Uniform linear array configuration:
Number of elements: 12
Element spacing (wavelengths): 0.5
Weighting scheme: binomial
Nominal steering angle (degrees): -45
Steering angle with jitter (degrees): -44.462
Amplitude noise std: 0.05
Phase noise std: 0.05

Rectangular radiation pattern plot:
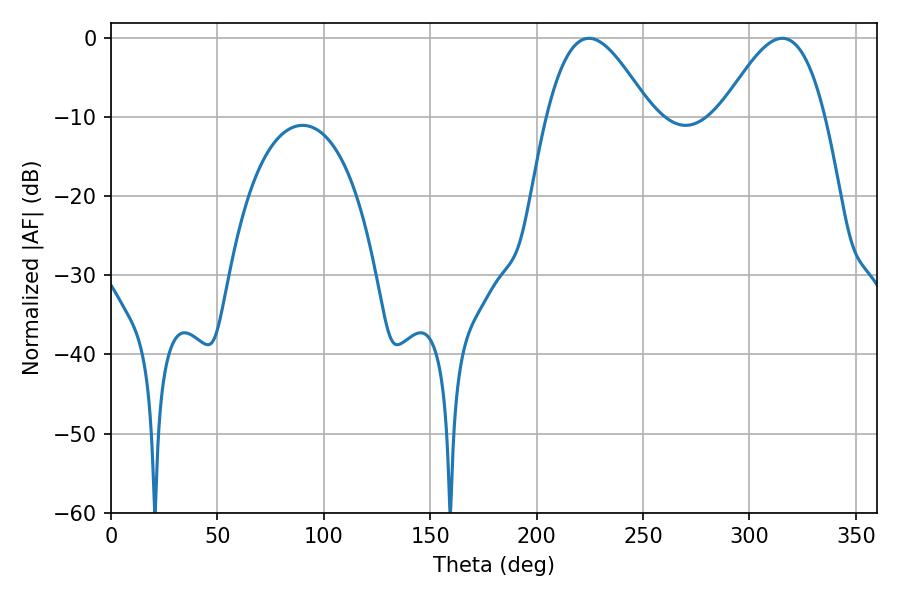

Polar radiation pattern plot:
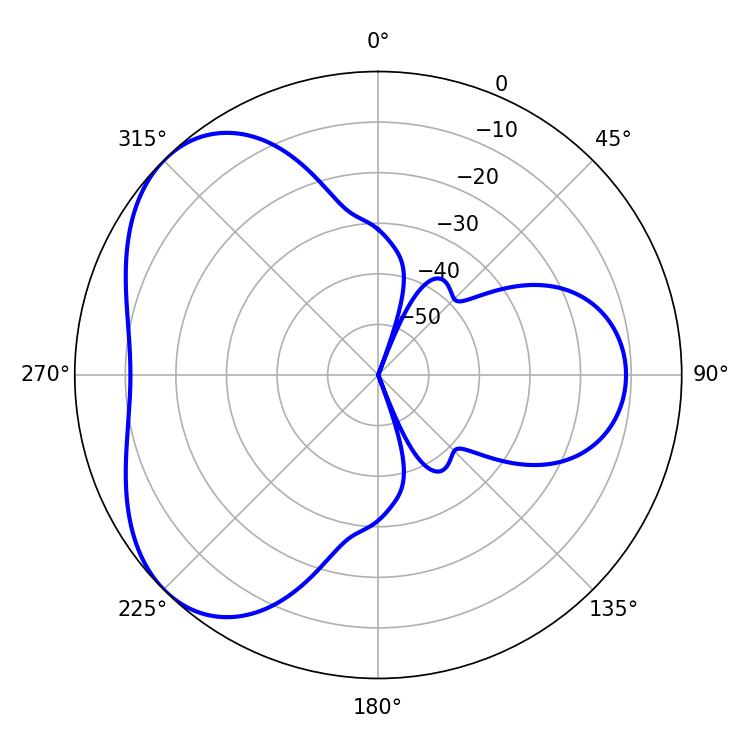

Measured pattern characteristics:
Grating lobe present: FALSE
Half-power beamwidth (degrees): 26.28
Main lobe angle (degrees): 224.64